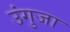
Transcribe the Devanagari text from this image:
उंगुजा